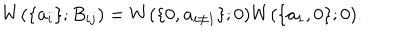
W ( \lbrace \mathbf { a } _ { i } \rbrace ; B _ { i j } ) = W ( \lbrace 0 , \mathbf { a } _ { i \neq 1 } \rbrace ; 0 ) W ( \lbrace \mathbf { a } _ { 1 } , 0 \rbrace ; 0 ) .